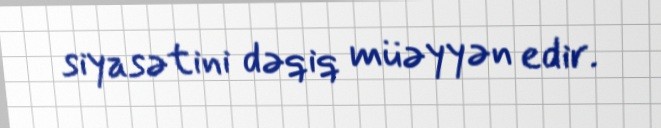
siyasətini dəqiq müəyyən edir.